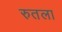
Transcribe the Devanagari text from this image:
रुतला